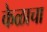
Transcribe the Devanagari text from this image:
केळाचा